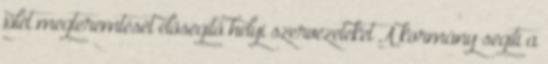
jólét megteremtését elősegítő helyi szervezeteket A kormány segíti a